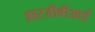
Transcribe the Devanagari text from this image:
आरजीबीआई